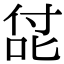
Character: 㖚